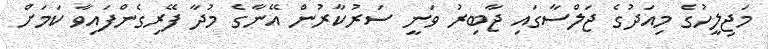
މަޖިލީހުގެ މިއަދުގެ ޖަލްސާގައި ޖާބިރު ވަނީ ސަރުކާރުން އޭނާގެ މުދާ ފޭރިގެންފައިވާ ކަމަށް